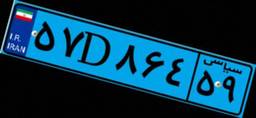
۹۴D۴۱۶۵۳